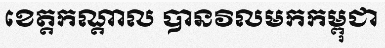
ខេត្តកណ្តាល បានវិលមកកម្ពុជា